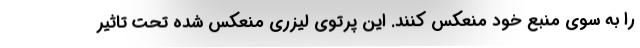
را به سوی منبع خود منعکس کنند. این پرتوی لیزری منعکس شده تحت تاثیر